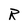
Character: R